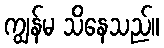
ကျွန်မ သိနေသည်။